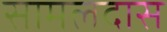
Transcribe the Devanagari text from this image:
सामलदास